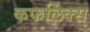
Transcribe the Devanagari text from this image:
कफलिंक्स